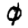
Digit: 0